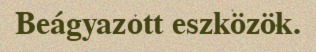
Beágyazott eszközök.